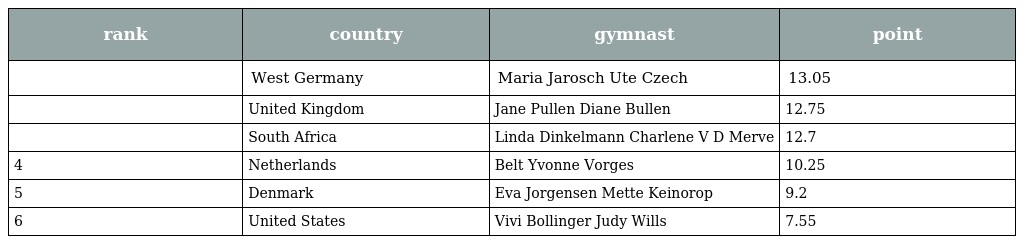
| rank | country | gymnast | point |
 | --- | --- | --- | --- |
 |  | West Germany | Maria Jarosch Ute Czech | 13.05 |
 |  | United Kingdom | Jane Pullen Diane Bullen | 12.75 |
 |  | South Africa | Linda Dinkelmann Charlene V D Merve | 12.7 |
 | 4 | Netherlands | Belt Yvonne Vorges | 10.25 |
 | 5 | Denmark | Eva Jorgensen Mette Keinorop | 9.2 |
 | 6 | United States | Vivi Bollinger Judy Wills | 7.55 |